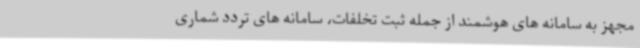
مجهز به سامانه های هوشمند از جمله ثبت تخلفات، سامانه های تردد شماری